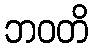
ဘဝတိ